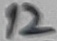
Text: 12